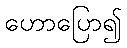
ဟောပြော၍